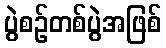
ပွဲစဉ်တစ်ပွဲအဖြစ်